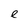
Character: e